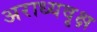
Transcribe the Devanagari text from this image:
अराध्यवृक्ष